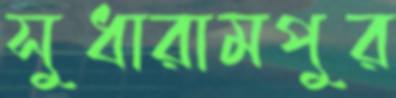
সুধারামপুর